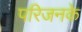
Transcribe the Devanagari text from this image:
परिजनके